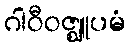
ဂါဝီဝဇ္ဈူပမံ